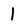
Character: l